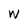
Character: W